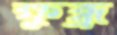
ক্ষুব্ধ্র